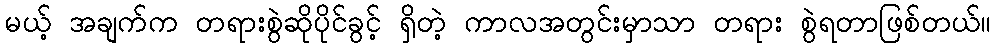
မယ့် အချက်က တရားစွဲဆိုပိုင်ခွင့် ရှိတဲ့ ကာလအတွင်းမှာသာ တရား စွဲရတာဖြစ်တယ်။